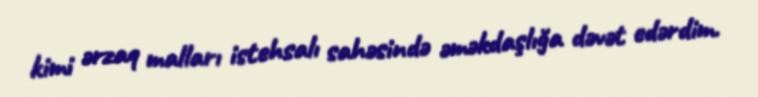
kimi ərzaq malları istehsalı sahəsində əməkdaşlığa dəvət edərdim.